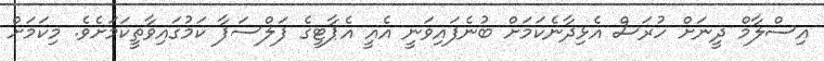
އިސްލާމް ދީނަށް ހުރަސް އެޅިދާނެކަމަށް ބުނެފައިވަނީ އެއީ އެޕާޓީގެ ފަލްސަފާ ކަމުގައިވާތީކަމަށެވެ. މިކަމަށް